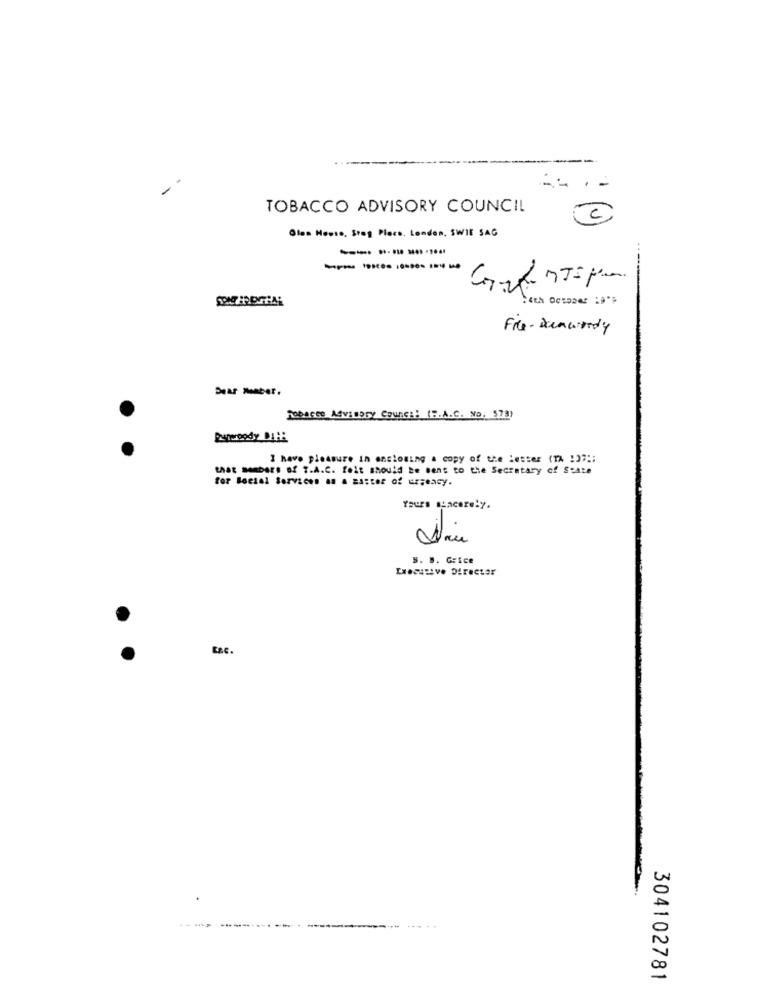
-
TOBACCO ADVISORY COUNCIL
Olen House, Stop Plecs, Lenden, SWIE SAG
File - Ducawordy
Tobacco Advisory Council (S.A.C. No. 573)
Pupwoody DA ::
I have pleasure in enclosing a copy of the lesser (TA !)7 ::
that members of T.A.C. felt should be sent to the Secretary of State
for Social Services as a matter of urgency.
Yours sincerely .
S. B. Geice
Executive Director
.
304102781